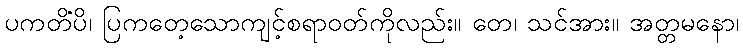
ပကတိံပိ၊ ပြကတေ့သောကျင့်စရာဝတ်ကိုလည်း။ တေ၊ သင်အား။ အတ္တမနော၊